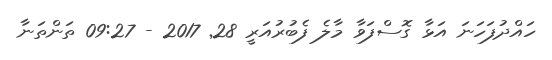
ހައްދުފަހަނަ އަޅާ ގޮސްފަވާ މާލެ ފެބުރުއަރީ 28